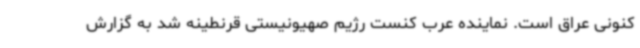
کنونی عراق است. نماینده عرب کنست رژیم صهیونیستی قرنطینه شد به گزارش